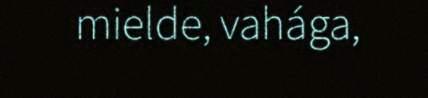
mielde, vahága,